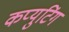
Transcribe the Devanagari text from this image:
कप्युटिंग